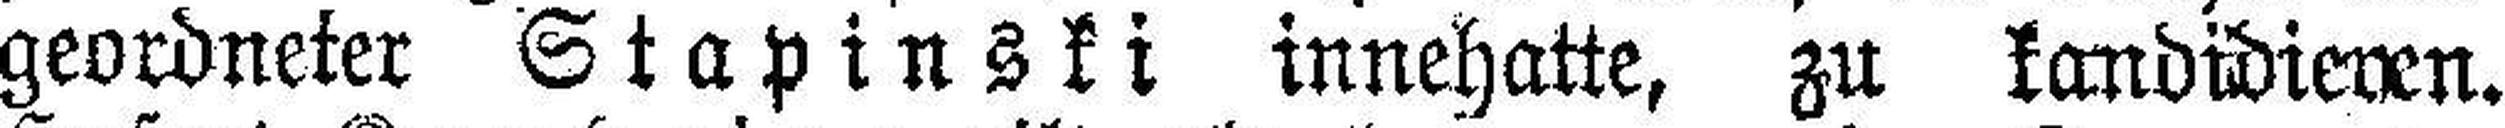
geordneter Stapinski innehatte, zu kandidieren.